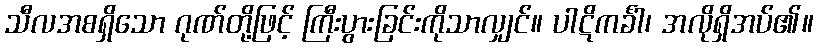
သီလအစရှိသော ဂုဏ်တို့ဖြင့် ကြီးပွားခြင်းကိုသာလျှင်။ ပါဋိကင်္ခါ၊ အလိုရှိအပ်၏။